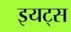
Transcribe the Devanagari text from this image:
इयट्स